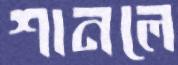
শানলে